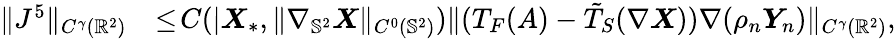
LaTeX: \begin{array}{rl}{\| J^{5}\| _{C^{\gamma}(\mathbb{R}^{2})}}&{\leq\! C(|\boldsymbol{X}_{*},\| \nabla_{\mathbb{S}^{2}}\boldsymbol{X}\| _{C^{0}(\mathbb{S}^{2})})\| (T_{F}(A)-\tilde{T}_{S}(\nabla\boldsymbol{X}))\nabla(\rho_{n}\boldsymbol{Y}_{n})\| _{C^{\gamma}(\mathbb{R}^{2})},}\end{array}